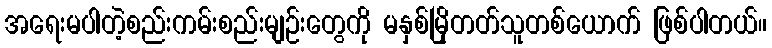
အရေးမပါတဲ့စည်းကမ်းစည်းမျဉ်းတွေကို မနှစ်မြိုတတ်သူတစ်ယောက် ဖြစ်ပါတယ်။